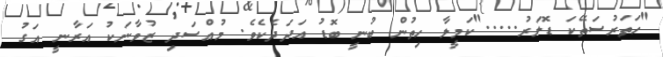
"ހަތަރުސަތޭކަ ޑޮލަރު....."ކަމީލާ ހިތުން ބުނީ ބޮޑު އަދަދެކެވެ. މުއްސަދި ޒުވާނަކު އަރާނީ އަގު